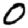
Digit: 0